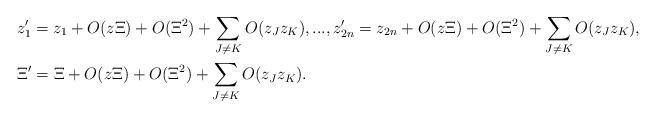
LaTeX: \begin{align*} \begin{aligned} & z'_1 = z_1 + O( z \Xi ) + O(\Xi ^2) + \sum _{J\neq K}O( z_J z_K ) , ..., z'_{2n} = z_{2n} + O( z \Xi ) + O(\Xi ^2) + \sum _{J\neq K}O( z_J z_K ), \\& \Xi ' =\Xi + O( z \Xi ) + O(\Xi ^2) + \sum _{J\neq K}O( z_J z_K ) . \end{aligned}\end{align*}